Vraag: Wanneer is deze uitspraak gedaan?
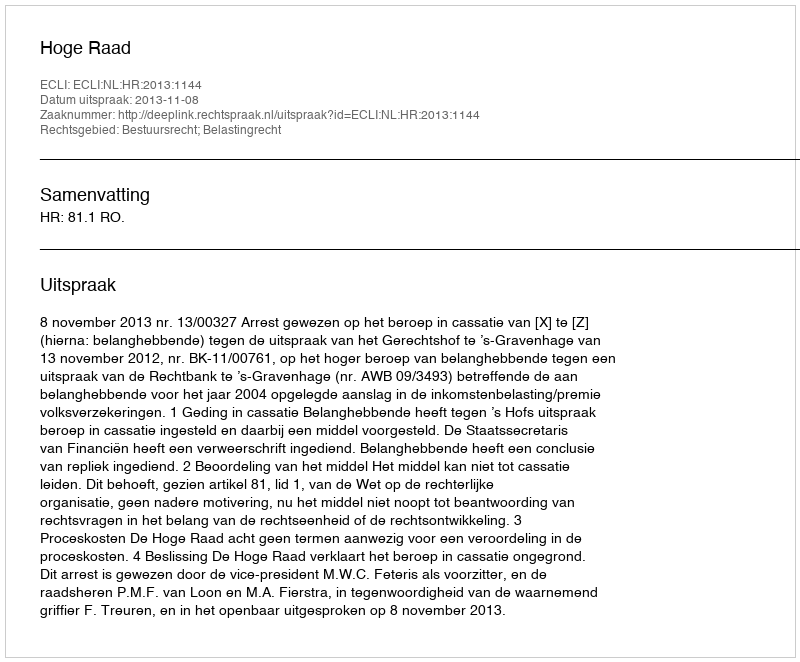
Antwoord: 2013-11-08